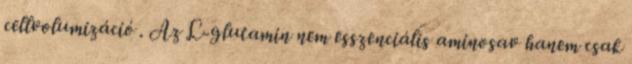
cellvolumizáció . Az L-glutamin nem esszenciális aminosav hanem csak